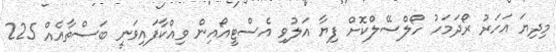
މިދިޔަ އަހަރު ރޯދަމަހު ހޯލްސޭލްކޮށް ފިޔާ އަލުވި އެސްޓީއޯއިން ވިއްކާފައިވަނީ ބަސްތާއެއް 225